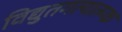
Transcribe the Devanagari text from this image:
विद्युतगत्यात्म्क